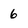
Character: 6